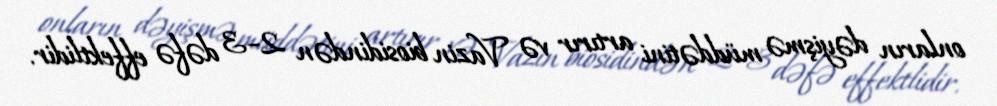
onların dəyişmə müddətini artırır və Vazin biosidindən 2–3 dəfə effektlidir.